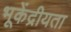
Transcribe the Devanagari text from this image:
भूकेंद्रीयता